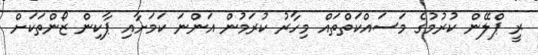
ރީ ޕްލޭން ކުރުމުގެ މަސައްކަތްތައް މިހާރު ކުރަމުން އަންނަ ކަމަށާއި ޕާކިން ޒޯންތަކަށް